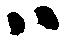
ハ